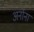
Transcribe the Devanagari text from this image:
अनोना